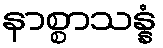
နာစ္စာသန္နံ